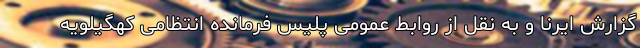
گزارش ایرنا و به نقل از روابط عمومی پلیس فرمانده انتظامی کهگیلویه